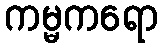
ကမ္မကရော